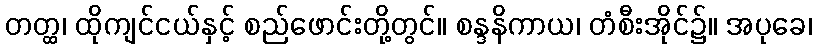
တတ္ထ၊ ထိုကျင်ငယ်နှင့် စည်ဖောင်းတို့တွင်။ စန္ဒနိကာယ၊ တံစီးအိုင်၌။ အပုခေ၊